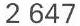
2 647